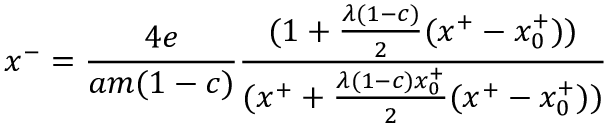
x ^ { - } = { \frac { 4 e } { a m ( 1 - c ) } } { \frac { ( 1 + { \frac { \lambda ( 1 - c ) } { 2 } } ( x ^ { + } - x _ { 0 } ^ { + } ) ) } { ( x ^ { + } + { \frac { \lambda ( 1 - c ) x _ { 0 } ^ { + } } { 2 } } ( x ^ { + } - x _ { 0 } ^ { + } ) ) } }